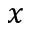
x